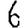
Digit: 6